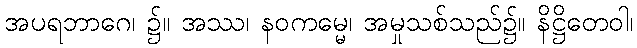
အပရဘာဂေ၊ ၌။ အဿ၊ နဝကမ္မေ၊ အမှုသစ်သည်၌။ နိဋ္ဌိတေဝါ၊